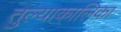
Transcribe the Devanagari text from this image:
तुल्याकालिका